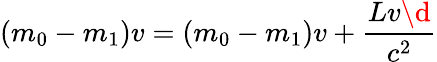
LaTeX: (m_{0}-m_{1})v=(m_{0}-m_{1})v+\frac{Lv\d}{c^{2}}